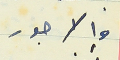
والاجور